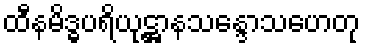
ထီနမိဒ္ဓပရိယုဋ္ဌာနသန္ဒောသဟေတု